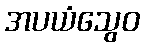
အပယံသွေဝ